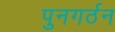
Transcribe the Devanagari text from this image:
पुनगर्ठन